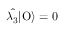
\hat { \lambda _ { 3 } } | \mathrm { O } \rangle = 0